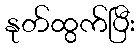
နုတ်ထွက်ပြီး